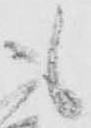
も